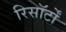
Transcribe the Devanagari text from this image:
रिसॉर्टों